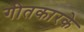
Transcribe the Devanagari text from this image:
गीतकारके